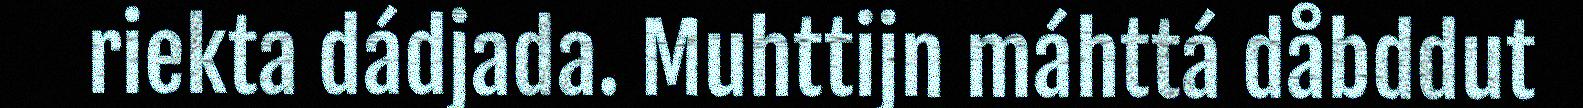
riekta dádjada. Muhttijn máhttá dåbddut